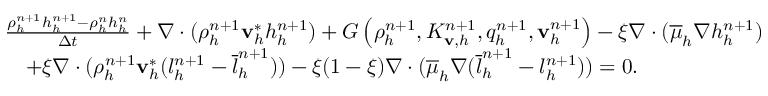
\begin{array} { r l } & { \frac { \rho _ { h } ^ { n + 1 } h _ { h } ^ { n + 1 } - \rho _ { h } ^ { n } h _ { h } ^ { n } } { \Delta t } + \nabla \cdot ( \rho _ { h } ^ { n + 1 } \mathbf v _ { h } ^ { * } h _ { h } ^ { n + 1 } ) + G \left( \rho _ { h } ^ { n + 1 } , K _ { \mathbf v , h } ^ { n + 1 } , q _ { h } ^ { n + 1 } , \mathbf v _ { h } ^ { n + 1 } \right) - \xi \nabla \cdot ( \overline { { \mu } } _ { h } \nabla { h } _ { h } ^ { n + 1 } ) } \\ & { \quad + \xi \nabla \cdot ( \rho _ { h } ^ { n + 1 } \mathbf v _ { h } ^ { * } ( l _ { h } ^ { n + 1 } - \overline { { l } } _ { h } ^ { n + 1 } ) ) - \xi ( 1 - \xi ) \nabla \cdot ( \overline { { \mu } } _ { h } \nabla ( \overline { { l } } _ { h } ^ { n + 1 } - { l } _ { h } ^ { n + 1 } ) ) = 0 . } \end{array}